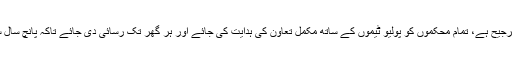
وزیر اعلیٰ کا کہنا تھا کہ پولیوکاخاتمہ حکومت کی اولین ترجیح ہے، تمام محکموں کو پولیو ٹیموں کے ساتھ مکمل تعاون کی ہدایت کی جائے اور ہر گھر تک رسائی دی جائے تاکہ پانچ سال سے کم عمر کوئی بھی بچہ قطرے پینے سے رہ نہ جائے۔